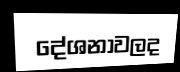
දේශනාවලද